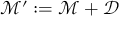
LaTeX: { \mathcal { M } } ^ { \prime } : = { \mathcal { M } } + { \mathcal { D } }